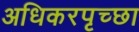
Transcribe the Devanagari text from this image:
अधिकरपृच्छा